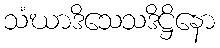
သံဃာဒိသေသဒိဋ္ဌိနော